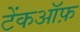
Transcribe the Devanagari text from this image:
टेंकऑफ़